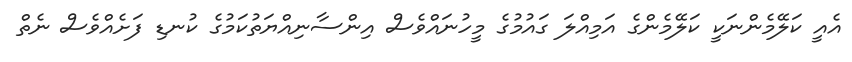
އެއީ ކަލޭމެންނަކީ ކަލޭމެންގެ އަމިއްލަ ގައުމުގެ މީހުނައްވެސް އިންސާނިއްޔަތުކަމުގެ ކުނޑި ފަށެއްވެސް ނެތް